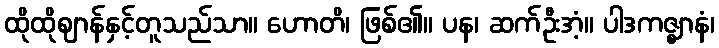
ထိုထိုဈာန်နှင့်တူသည်သာ။ ဟောတိ၊ ဖြစ်၏။ ပန၊ ဆက်ဦးအံ့။ ပါဒကဇ္ဈာနံ၊